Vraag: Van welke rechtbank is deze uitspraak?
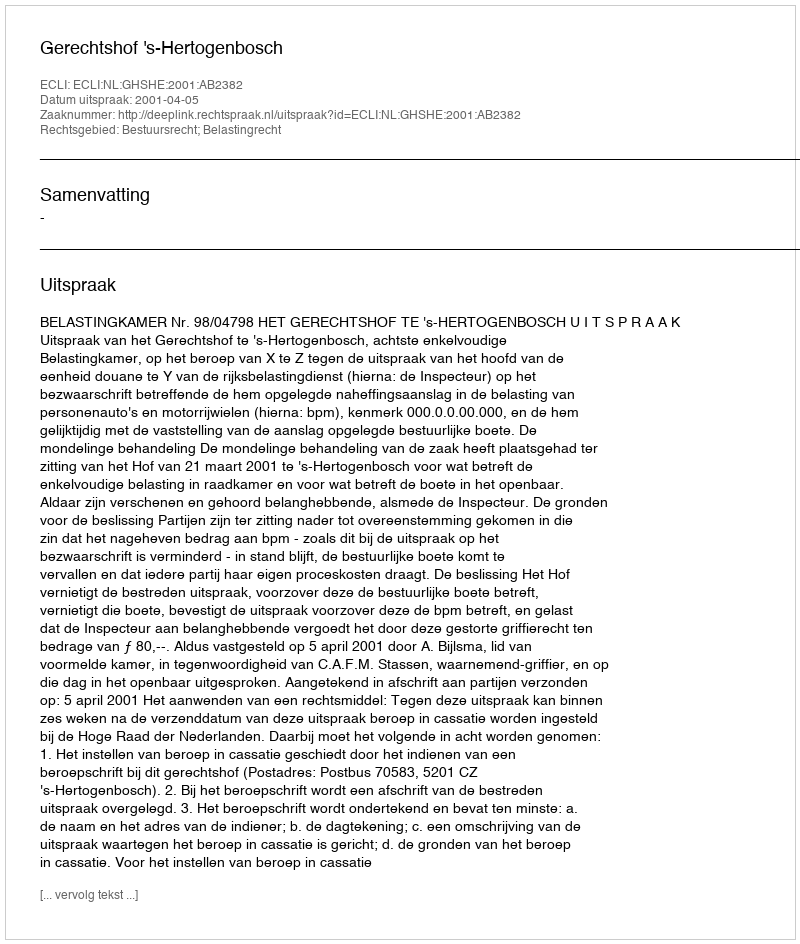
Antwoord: Gerechtshof 's-Hertogenbosch